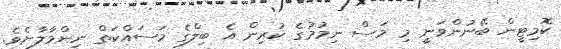
ކޮމިޓީން ބޭނުންވަނީ މި މަސް ނިމުމުގެ ކުރިން އެ ބިލްގެ މަސައްކަތް ނިންމާލާށެވެ.